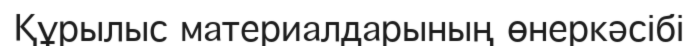
Құрылыс материалдарының өнеркәсібі